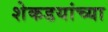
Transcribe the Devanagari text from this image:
शेकडयांच्या